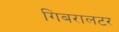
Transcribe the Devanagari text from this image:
गिबरालटर